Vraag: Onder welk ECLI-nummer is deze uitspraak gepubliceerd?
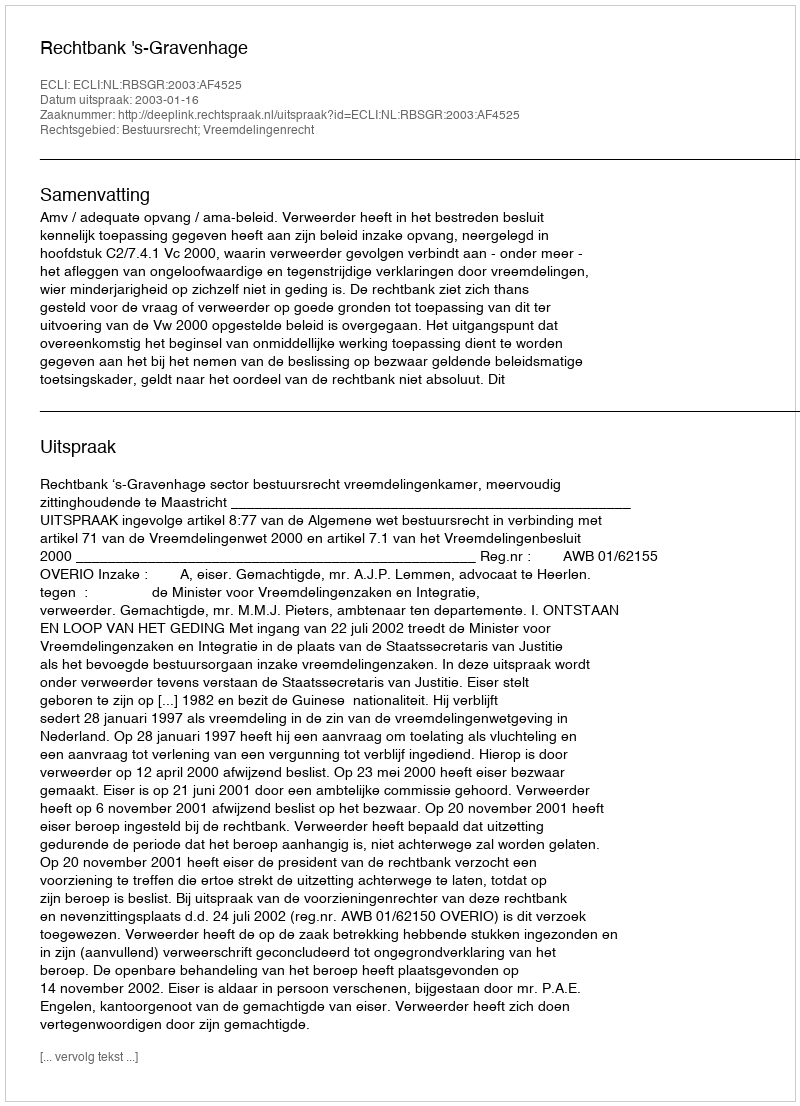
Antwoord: ECLI:NL:RBSGR:2003:AF4525